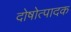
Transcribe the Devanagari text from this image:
दोषोत्पादक